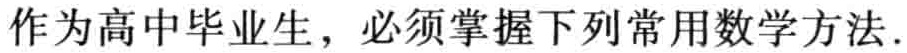
作为高中毕业生，必须掌握下列常用数学方法.